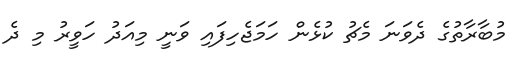
މުބާރާތުގެ ދެވަނަ މެޗު ކުޅެން ހަމަޖެހިފައި ވަނީ މިއަދު ހަވީރު މި ދެ